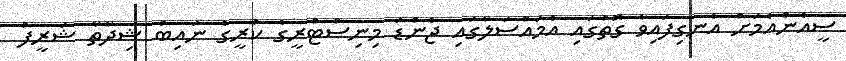
ސީއެންއެމަށް އެނގިފައިވާ ގޮތުގައި އެމައްސަލާގައި ޖެންޑަ މިނިސްޓްރީގެ ކުރީގެ ނައިބު ޝިދާތާ ޝަރީފު